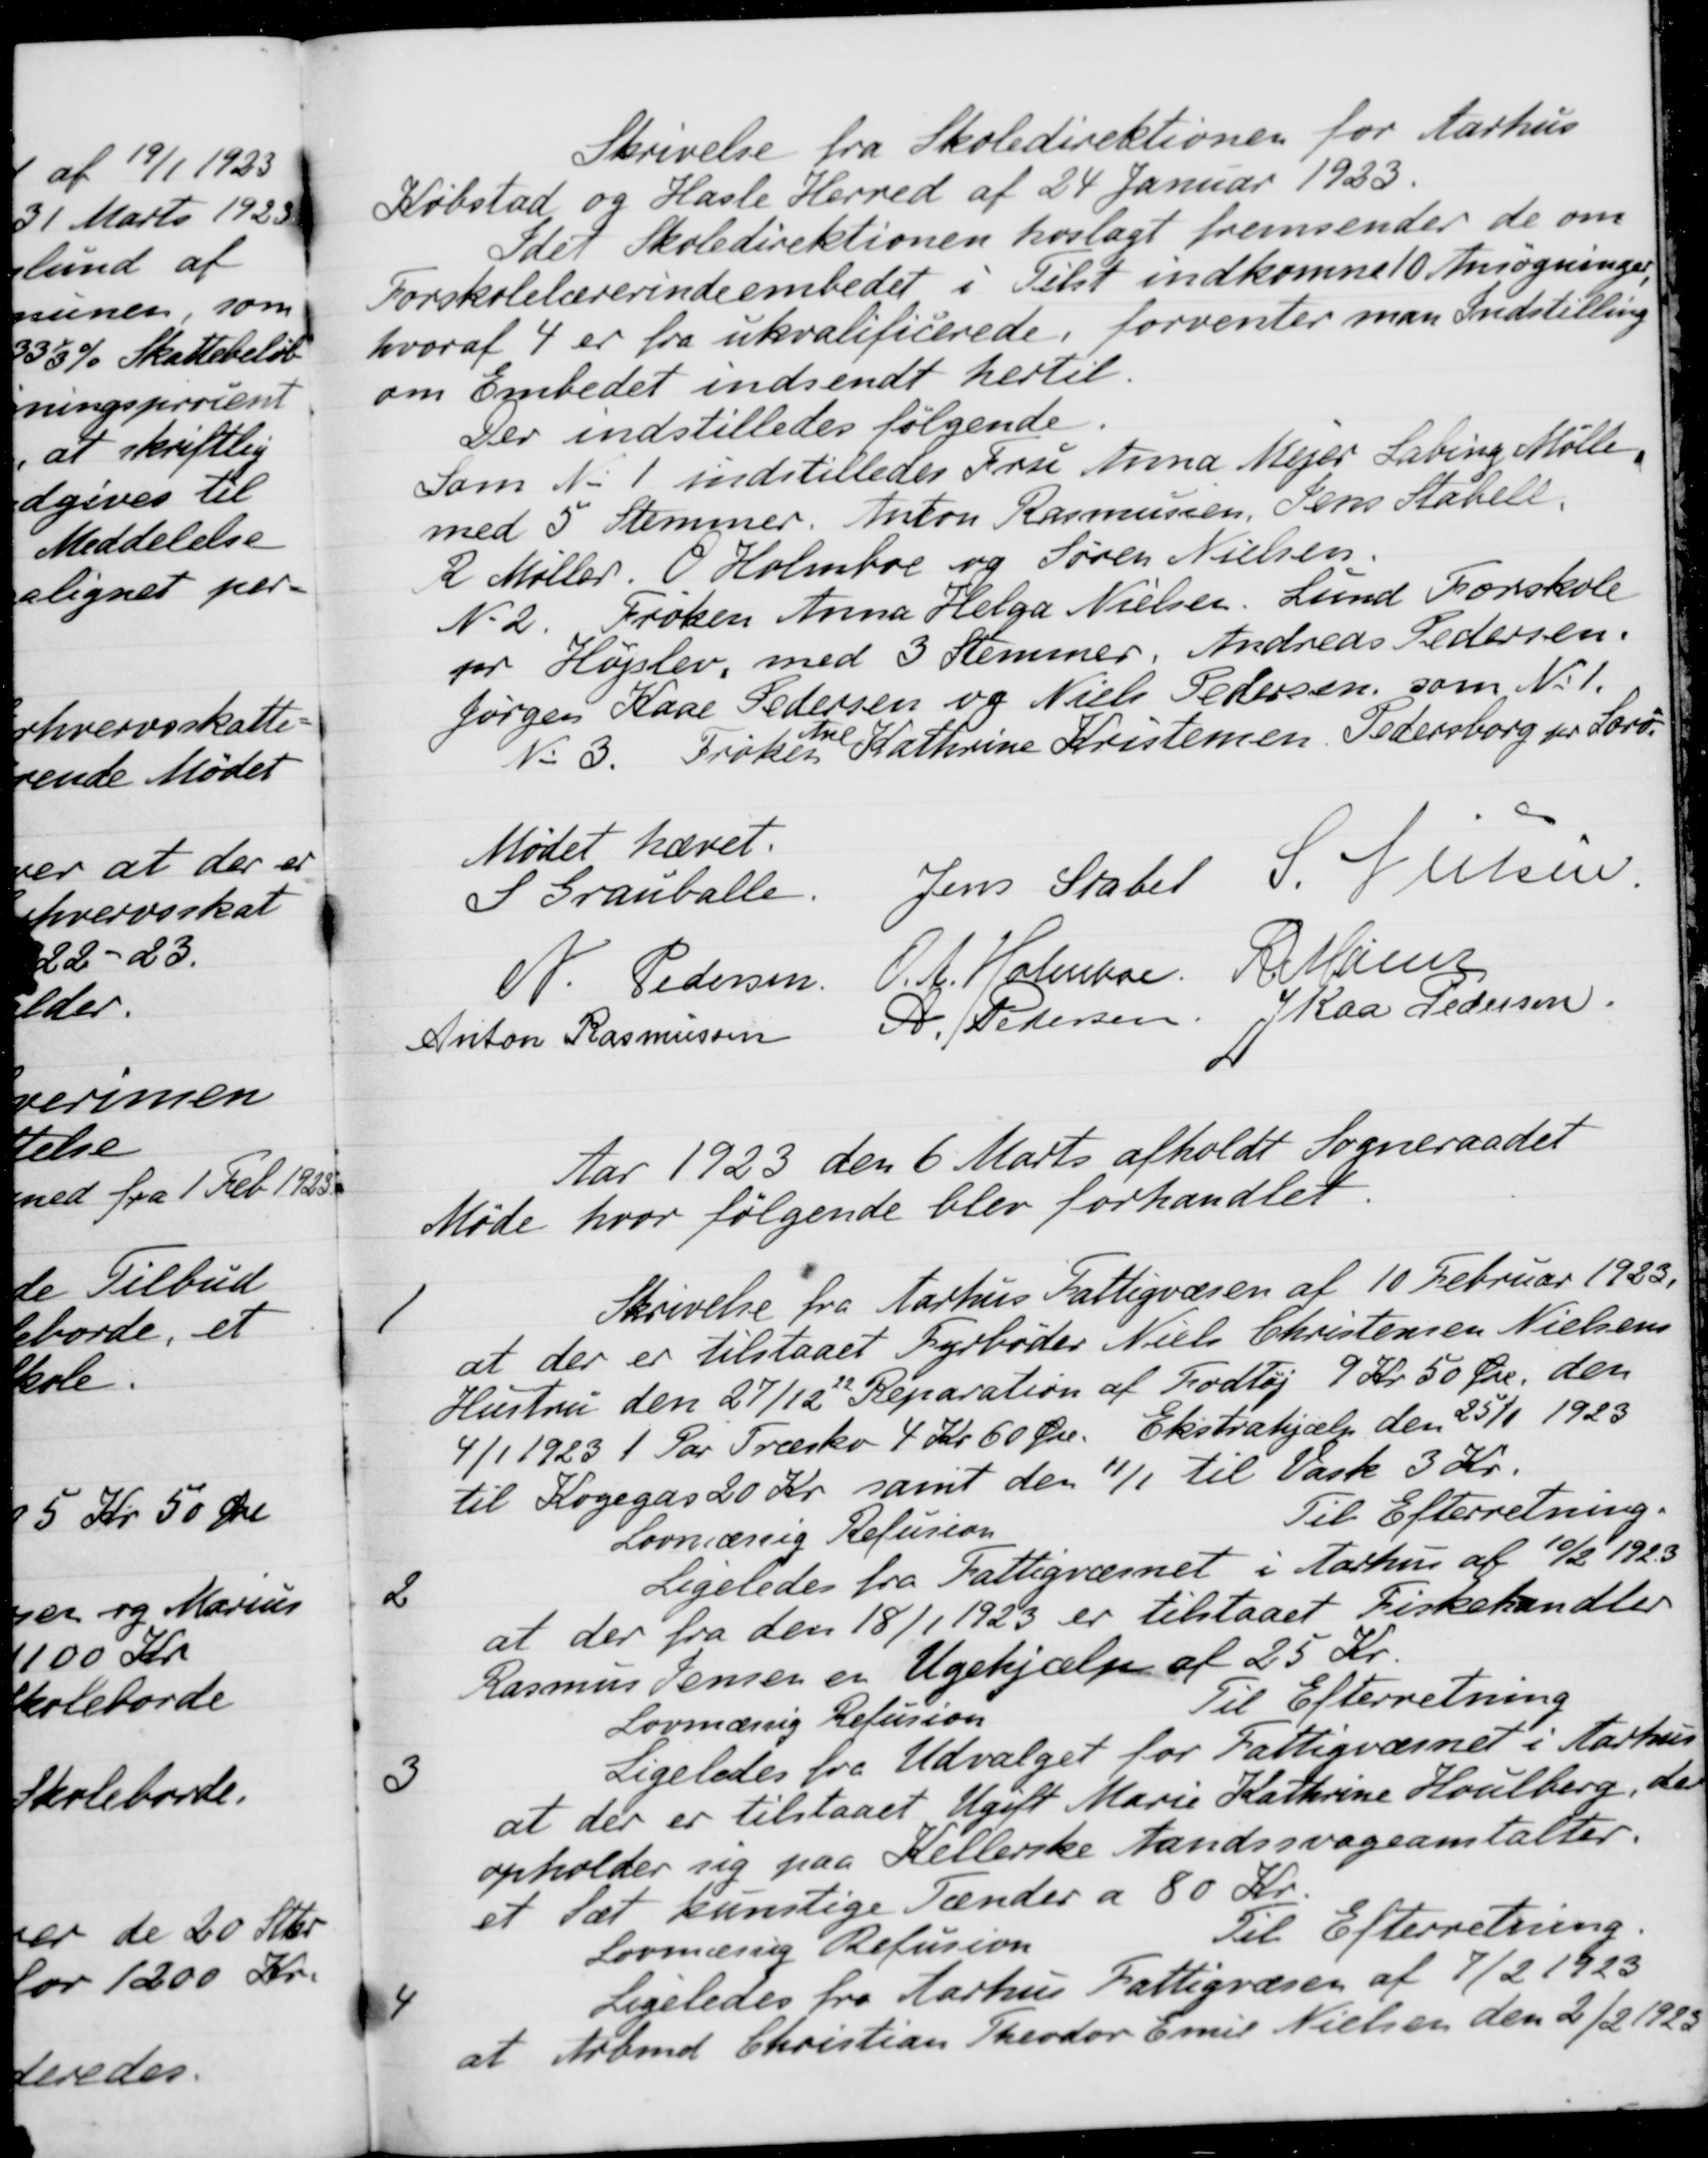
Transskription:
Skrivelse fra Skoledirektionen for Aarhus
Købstad og Hasle Herred af 24 Januar 1933.
Idet Skoledirektionen hoslagt fremsender de om
Forskolelærerindeembedet i Tilst indkomne 10 Ansøgninger,
hvoraf 4 er fra ukvalificerede, forventer man Indstilling
om Embedet indsendt hertil.
Der indstilledes følgende.
Som No 1 indstilledes Fru Anna Mejer Labing Mølle
med 5 Stemmer. Anton Rasmussen, Jens Stabell.
R Møller. O. Holmboe og Søren Nielsen
No 2. Frøken Anna Helga Nielsen. Lund Forskole
pr Højslev, med 3 Stemmer. Andreas Pedersen.
Jørgen Kaae Pedersen og Niels Pedersen, som No 1.
No 3. Frøken Kathrine Kristensen, Pedersborg pr. Sorø.
Mødet hævet.
S Grauballe.
Jens Stabel
S. Nielsen
N. Pedersen.
O. A. Holmboe
R Mainz
Anton Rasmussen
A. Pedersen
J Kaa Pedersen.
Aar 1923 den 6 Marts afholdt Sogneraadet
Møde hvor følgende blev forhandlet.
1
Skrivelse fra Aarhus Fattigvæsen af 10 Februar 1923.
at der er tilstaaet Fyrbøder Niels Christensen Nielsens
Hustru den 27/12 22 Reparation af Fodtøj 9 Kr. 50 Øre den
4/1 1923 1 Par Træsko 4 Kr 60 Øre. Ekstrahjælp den 25/1 1923
til Kogegas 20 Kr samt den 11/1 til Vask 3 Kr.
Lovmæssig Refusion
Til Efterretning.
2
Ligeledes fra Fattigvæsnet i Aarhus af 10/2 1923
at der fra den 18/1 1923 er tilstaaet Fiskehandler
Rasmus Jensen er Ugehjælp af 25 Kr.
Lovmæssig Refusion
Til Efterretning
3
Ligeledes fra Udvalget for Fattigvæsnet i Aarhus
at der er tilstaaet Ugift Marie Kathrine Houlberg, der
opholder sig paa Kellerske Aandssvageanstalter
et Sæt kunstige Tænder a 80 Kr.
Lovmæssig Refusion
Til Efterretning.
4
Ligeledes fra Aarhus Fattigvæsen af 7/2 1923
at Arbmd Christian Theodor Emil Nielsen den 2/2 1923